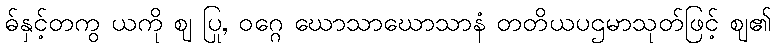
ဓ်နှင့်တကွ ယကို ဈ ပြု, ဝဂ္ဂေ ဃောသာဃောသာနံ တတိယပဌမာသုတ်ဖြင့် ဈ၏